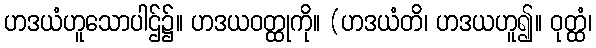
ဟဒယံဟူသောပါဌ်၌။ ဟဒယဝတ္ထုကို။ (ဟဒယံတိ၊ ဟဒယဟူ၍။ ဝုတ္ထံ၊